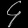
Digit: ၄